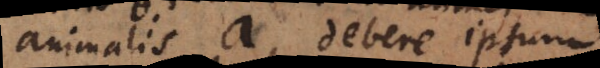
animalis a, debere ipsum